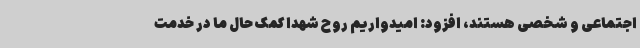
اجتماعی و شخصی هستند، افزود: امیدواریم روح شهدا کمک حال ما در خدمت